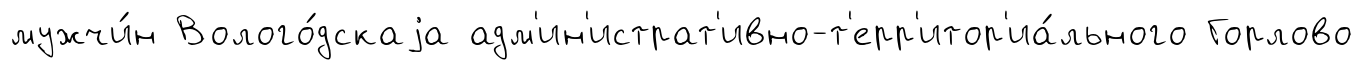
мужчи́н Волого́дскаjа адм'ин'истрат'ивно-т'ерр'итор'иа́льного Горлово